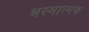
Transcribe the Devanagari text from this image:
भस्मात्मक